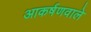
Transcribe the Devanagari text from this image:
आकर्षणवाले